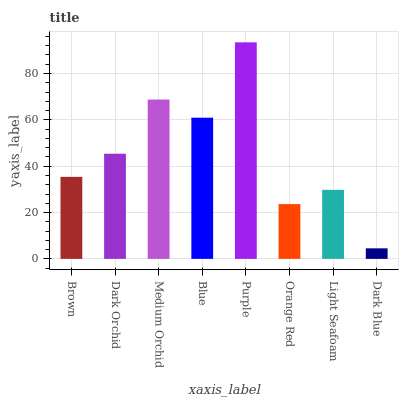
| xaxis_label | bars |
 | --- | --- |
 | Brown | 35.4 |
 | Dark Orchid | 45.4 |
 | Medium Orchid | 68.8 |
 | Blue | 60.9 |
 | Purple | 93.5 |
 | Orange Red | 23.6 |
 | Light Seafoam | 29.8 |
 | Dark Blue | 4.55 |